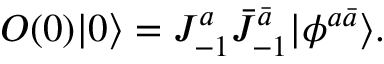
O ( 0 ) | 0 \rangle = J _ { - 1 } ^ { a } \bar { J } _ { - 1 } ^ { \bar { a } } | \phi ^ { a \bar { a } } \rangle .